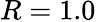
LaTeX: R=1.0